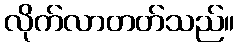
လိုက်လာတတ်သည်။